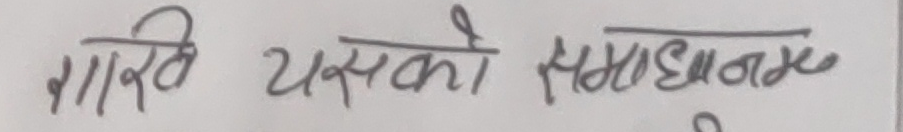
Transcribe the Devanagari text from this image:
शारीरि यसको समाधान